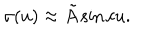
LaTeX: \sigma ( u ) \approx \tilde { A } \sin c u .